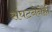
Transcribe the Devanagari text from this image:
संघटनेनेही